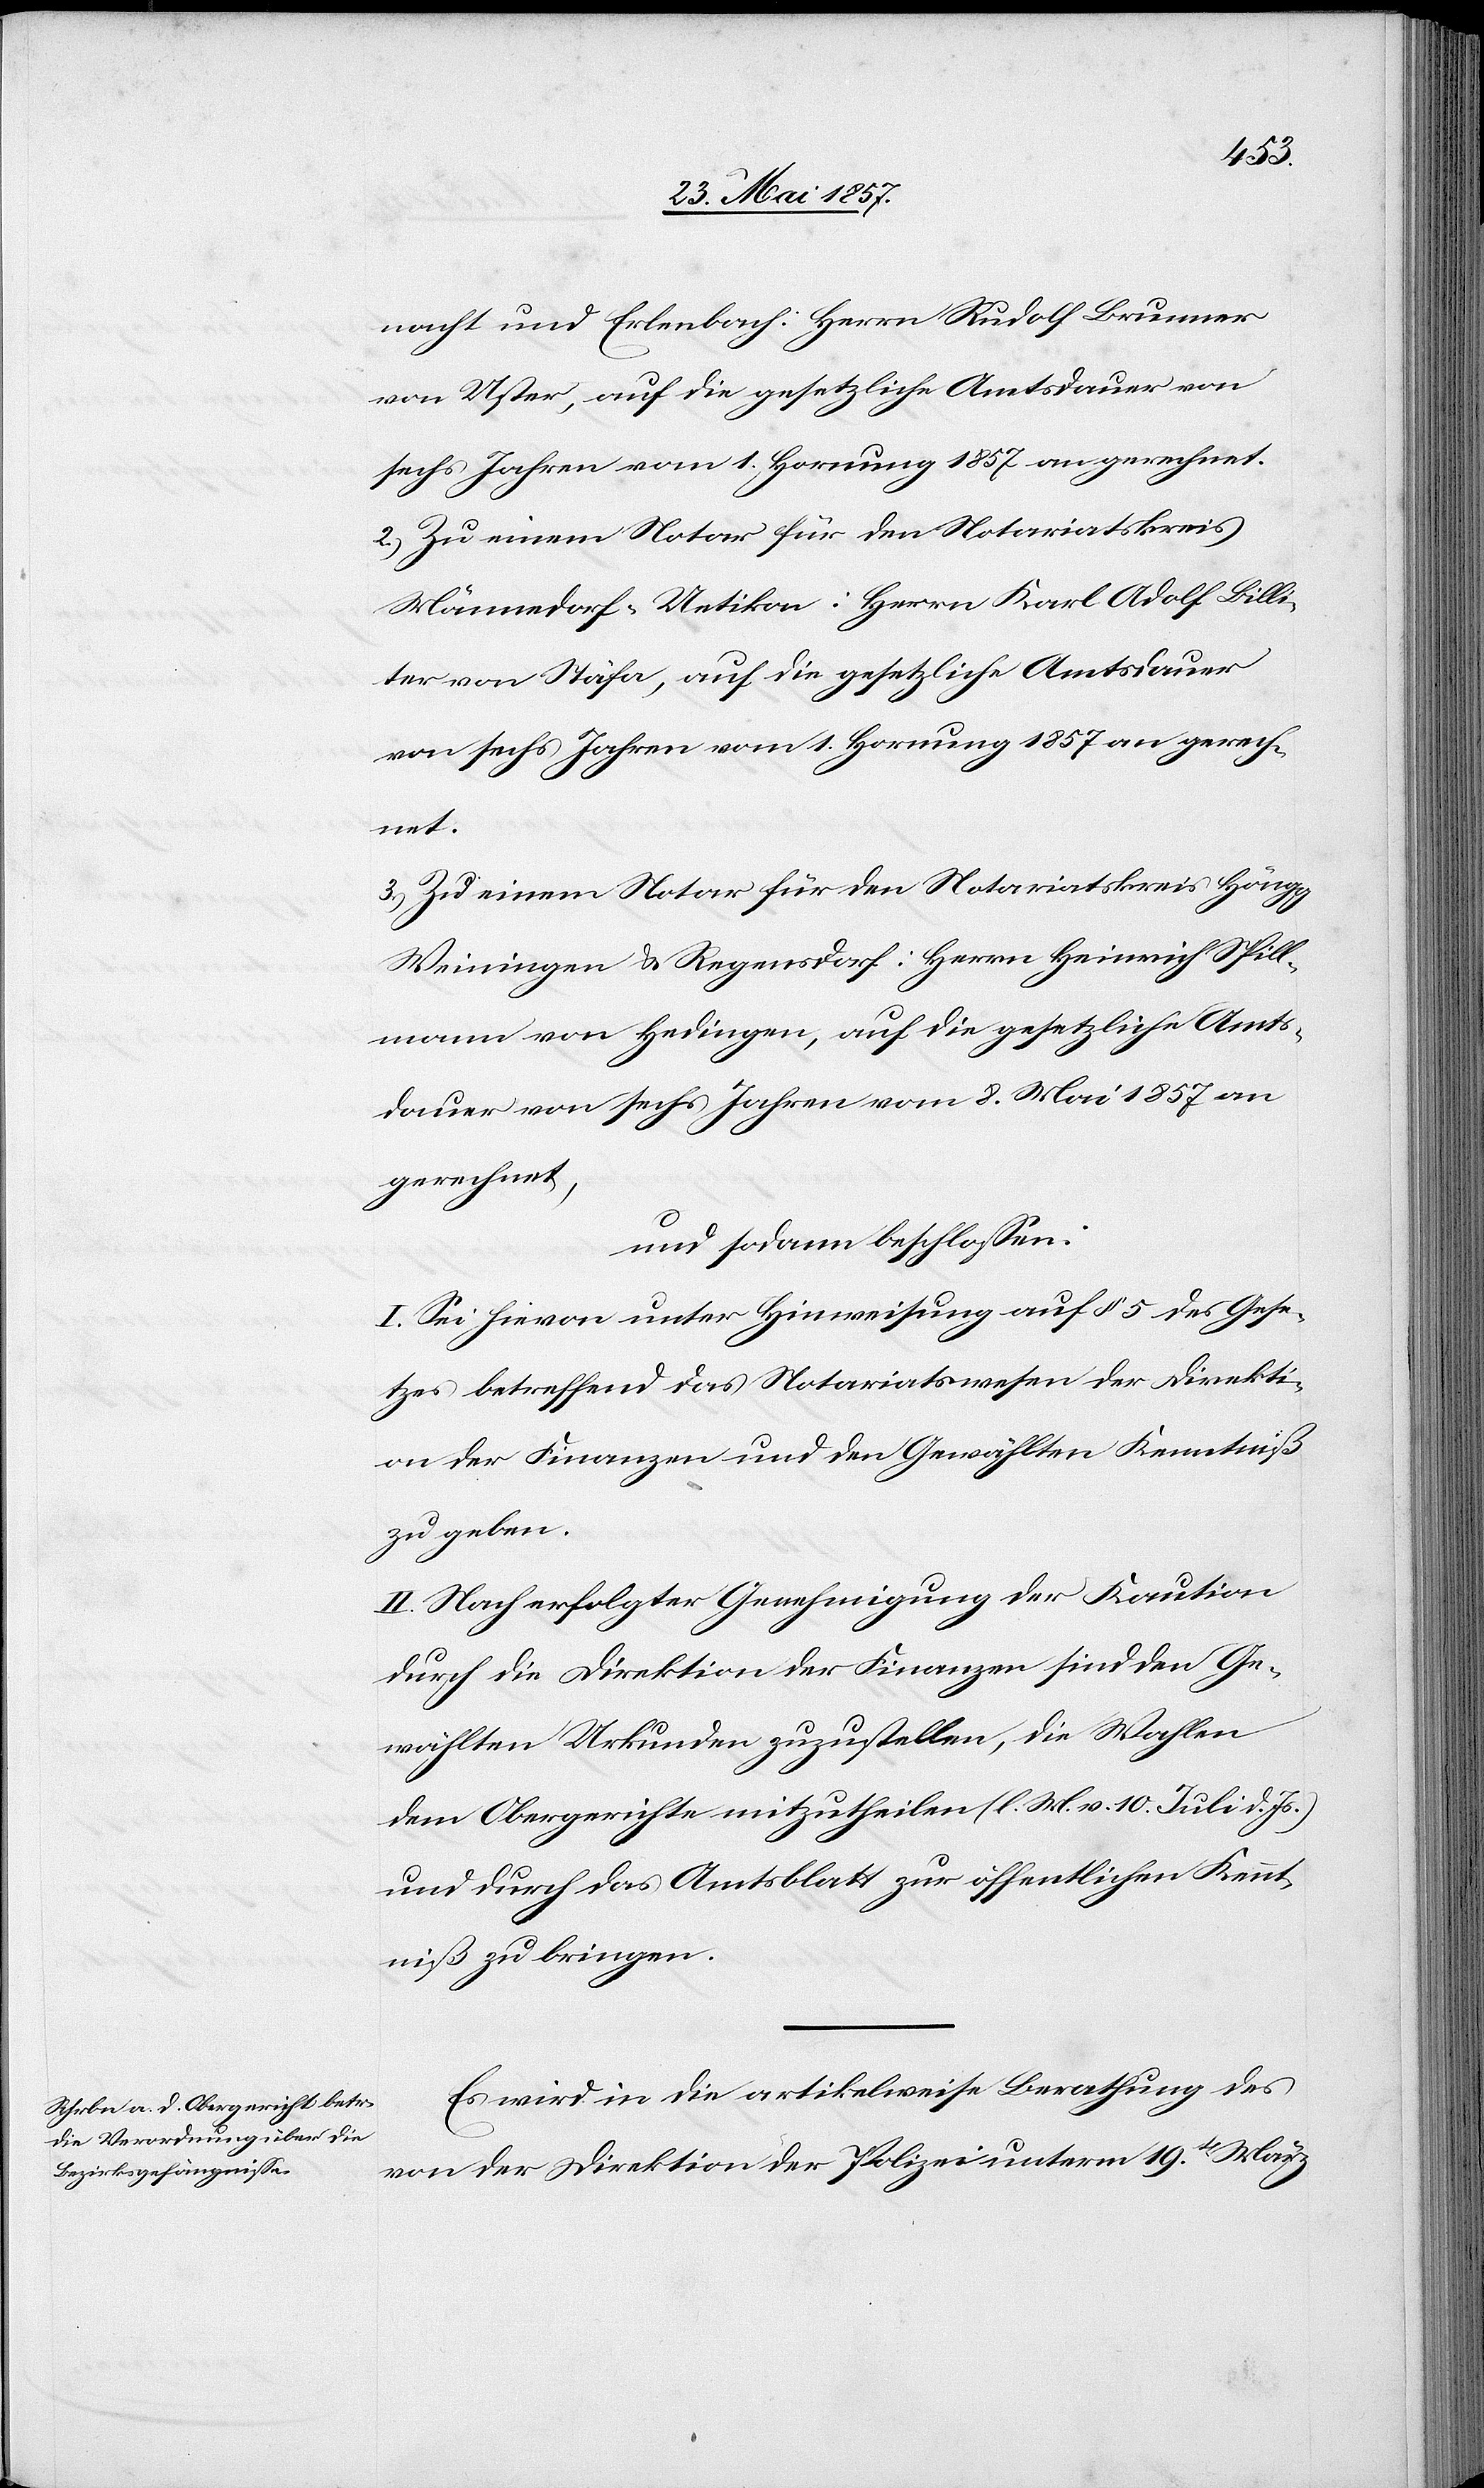
nacht und Erlenbach: Herrn Rudolf Brunner
von Uster, auf die gesetzliche Amtsdauer von
sechs Jahren vom 1 Hornung 1857 angerechnet.
2.) Zu einem Notar für den Notariatskreis
Männedorf-Uetikon: Herrn Karl Adolf Billi¬
ter von Stäfa, auf die gesetzliche Amtsdauer
von sechs Jahren vom 1 Hornung 1857 an gerech¬
net.
3.) Zu einem Notar für den Notariatskreis Höngg
Weiningen & Regensdorf: Herrn Heinrich Spill¬
mann von Hedingen, auf die gesetzliche Amts¬
dauer von sechs Jahren vom 8 Mai 1857 an
gerechnet,
und sodann beschlossen:
I. Sei hievon unter Hinweisung auf § 5 des Gese¬
tzes betreffend das Notariatswesen der Direkti¬
on der Finanzen und den Gewählten Kenntniß
zu geben.
II. Nach erfolgter Genehmigung der Kaution
durch die Direktion der Finanzen sind den Ge¬
wählten Urkunden zuzustellen, die Wahlen
dem Obergerichte mitzutheilen (l. M. v. 10 Juli d. Js.)
und durch das Amtsblatt zur öffentlichen Kennt¬
niß zu bringen.
Es wird in die artikelweise Berathung des
von der Direktion der Polizei unterm 19ten März